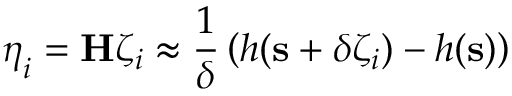
\boldsymbol { \eta } _ { i } = \mathbf { H } \zeta _ { i } \approx \frac { 1 } { \delta } \left( h ( \mathbf { s } + \delta \zeta _ { i } ) - h ( \mathbf { s } ) \right)